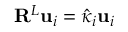
\mathbf { R } ^ { L } \mathbf { u } _ { i } = \hat { \kappa } _ { i } \mathbf { u } _ { i }